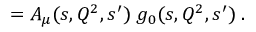
= A _ { \mu } ( s , Q ^ { 2 } , s ^ { \prime } ) \; g _ { 0 } ( s , Q ^ { 2 } , s ^ { \prime } ) \; .